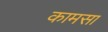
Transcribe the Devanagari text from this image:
कामसा